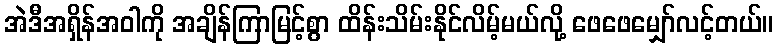
အဲဒီအရှိန်အဝါကို အချိန်ကြာမြင့်စွာ ထိန်းသိမ်းနိုင်လိမ့်မယ်လို့ ဖေဖေမျှော်လင့်တယ်။